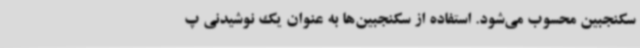
سکنجبین محسوب می‌شود. استفاده از سکنجبین‌ها به عنوان یک نوشیدنی پ